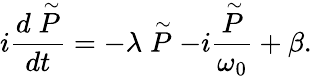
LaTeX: i{\frac{d\stackrel{\sim}{P}}{dt}}=-\lambda\stackrel{\sim}{P}-i{\frac{\stackrel{\sim}{P}}{\omega_{0}}}+\beta.